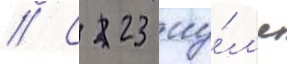
// С 23 иу́л'я